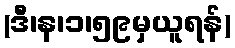
(ဒီ၊န၊၁၊၅၉မှယူရန်)